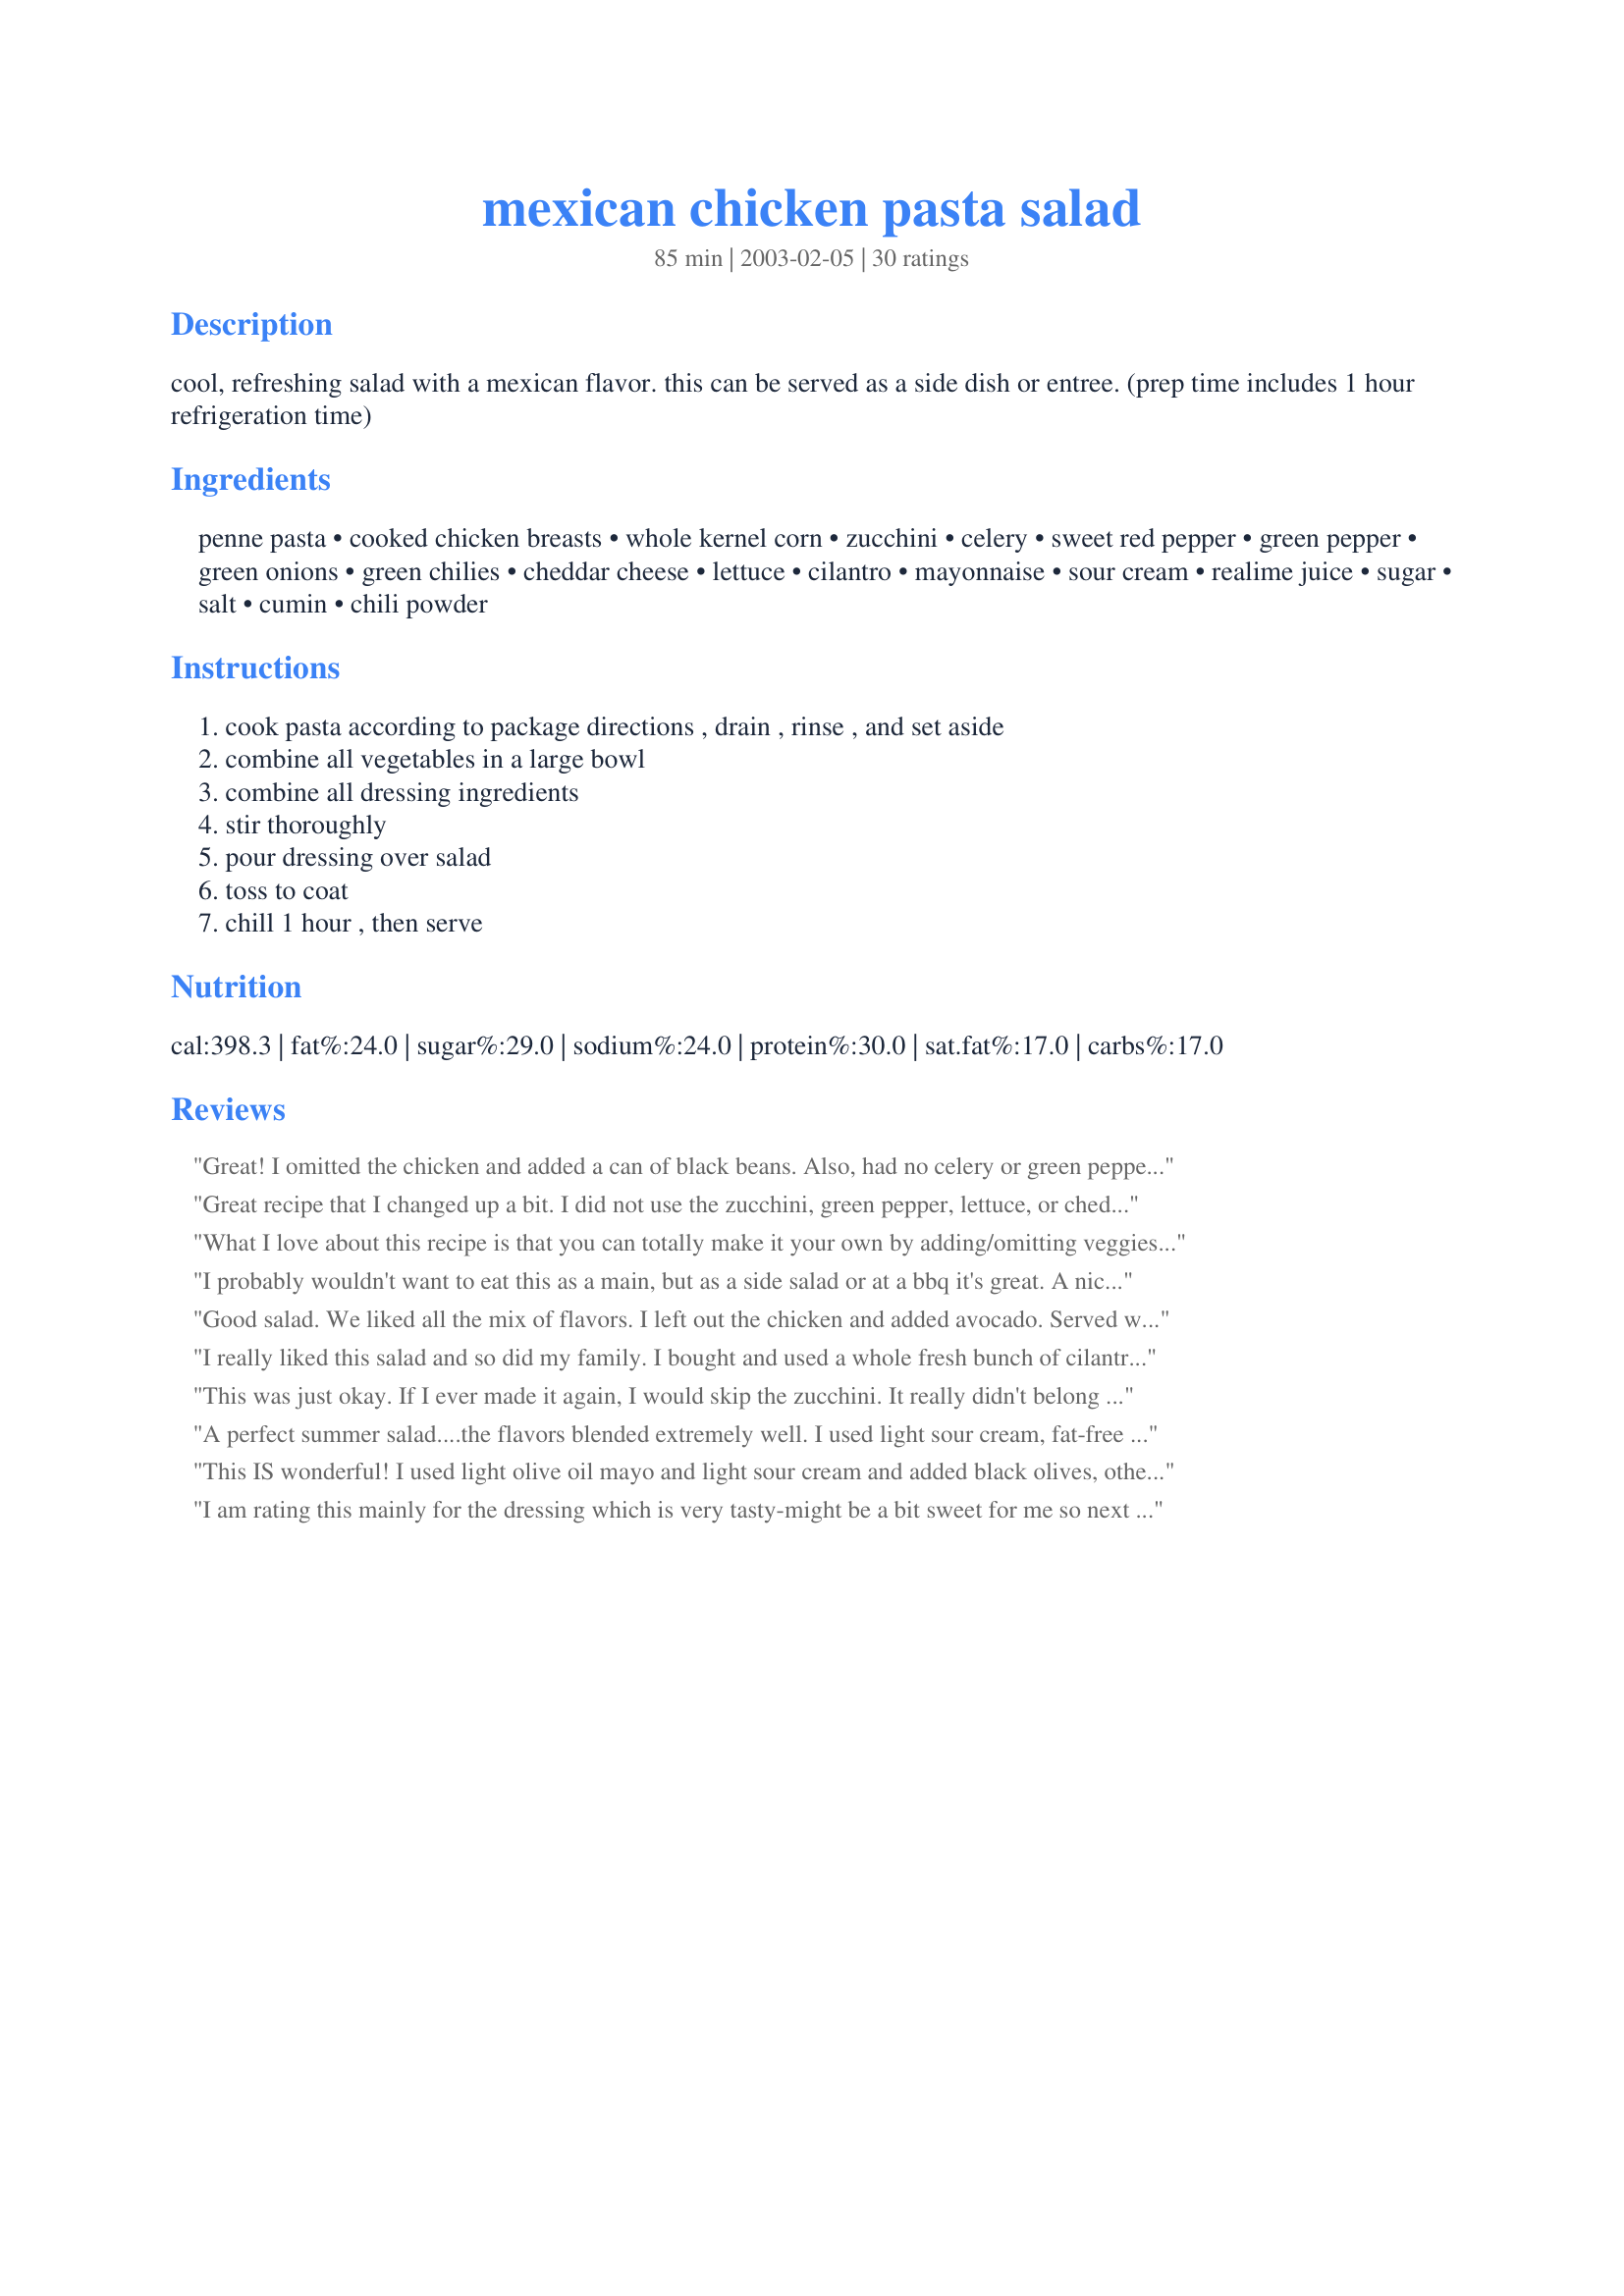
mexican chicken pasta salad
Preparation time: 85 minutes

cool, refreshing salad with a mexican flavor. this can be served as a side dish or entree. (prep time includes 1 hour refrigeration time)

Ingredients:
penne pasta, cooked chicken breasts, whole kernel corn, zucchini, celery, sweet red pepper, green pepper, green onions, green chilies, cheddar cheese, lettuce, cilantro, mayonnaise, sour cream, realime juice, sugar, salt, cumin, chili powder

Steps:
cook pasta according to package directions , drain , rinse , and set aside, combine all vegetables in a large bowl, combine all dressing ingredients, stir thoroughly, pour dressing over salad, toss to coat, chill 1 hour , then serve

Reviews:
Great! I omitted the chicken and added a can of black beans. Also, had no celery or green pepper and used a fresh jalapeno. I wanted more crunch so next time I'll add the celery and more bell pepper. DH added black olives to his. YUM!
Great recipe that I changed up a bit. I did not use the zucchini, green pepper, lettuce, or cheddar cheese. I added black beans. The dressing is very tasty. The recipe makes a lot and would be great for a pot luck.
What I love about this recipe is that you can totally make it your own by adding/omitting veggies. I did not use corn, green onion, zucchini or celery, and I added some tomato. It was delicious, I really like the dressing, however I did add more cumin and chili pepper than directed. This is refreshing, and next time I think I will make sure to use the corn and maybe add a can of black beans. Thank you!
I probably wouldn't want to eat this as a main, but as a side salad or at a bbq it's great. A nice take on more traditional pasta salads, too!! Thanks for posting ('^-^')
Good salad. We liked all the mix of flavors. I left out the chicken and added avocado. Served with a queasadilla for meatless Mon.
I really liked this salad and so did my family. I bought and used a whole fresh bunch of cilantro as I LOVE IT! I think it really gave it a great flavor.
This was just okay. If I ever made it again, I would skip the zucchini. It really didn't belong in there.
A perfect summer salad....the flavors blended extremely well. I used light sour cream, fat-free yogurt and only 1/2 green pepper. Nevertheless, this was fabulous, and very refreshing with the cilantro. Delicious!
This IS wonderful! I used light olive oil mayo and light sour cream and added black olives, otherwise, followed it as written. We both REALLY loved it. My husband ate almost the whole dish for dinner. I think it would be just as good with less pasta and more lettuce or more lettuce and less pasta, whatever suits your taste or perhaps your diet. I can't wait to share this recipe!
I am rating this mainly for the dressing which is very tasty-might be a bit sweet for me so next time I will cut way back on the sugar. In addition to the veggies listed I also included carrots, cucumber, tomato, avocado, and baby spinach. I cooked my chicken in salsa so that gave the salad an additional spice which I really liked. Thank you for a great recipe!
Made this in the dead of winter and it made me think of summer! Used a 12 oz. can of chicken breast to simplify things and it was just as good as fresh. The fresh cilantro was wonderful! Served the lettuce on the side so it wouldn't get soggy. Thanks!
Delicious pasta salad. I made it once as directed and once with a 1/2 can of chopped jalepenos instead of the green chiles. This made a bit hotter, but still fabulous.
Great tasting salad. The flavour combination worked well. I sprinkled the chicken breasts lightly with Tex-Mex seasoning before browning in roasted garlic olive oil. If short on time I think ranch dressing would work well with this salad.
We really enjoyed this recipe although we omitted the dairy and chicken to make it vegan! Simply delicious and much healthier!
We really liked this. I did use different veggies because I used what we had on hand. I used frozen corn and broccoli florets, which I blanched in the pasta water for the last minute or two of cooking. I also didn't used the lettuce or green chilies. We like the dressing and enjoyed the change of pace from a regular pasta salad. I did double the dressing because I think it just would have been dry, but that may be because of my choice of veggies. Thanks for a recipe that we will use again. We have made this several times now and I just love it.
Very simple and easy to prepare. Had a nice mild flavor accentuated by cumin and cilantro. A cool and refreshing choice that would be good for picnics as well as pot-lucks and warm-weather days!
This is a very good salad. I omited the bell pepper due to stomach sensitivity & it was still very flavorful. I also decreased the fat content by using light sour cream & light best foods mayonaise to create the dressing. I'm sure you'd never notice the difference.
We had this last night and it was very yummy!!
Thanks for the recipe!!
Yum. I used Morningstar Veggie Chicken strips to make this salad a great one course vegetarian meal. I didn't have any zucchini or celery. I only added 1/2 cup of mayo and used light sour cream.
Yummy! This is easy to make, although I'm not a quick chopper-upper so that slows me down. I left out the green pepper, cheese (I simply forgot to add the cheese - there's already so much good stuff going on), lettuce & cilantro. I added a can of kidney beans. The dressing tastes great.
Very nice combination! I was leary of the cilantro, but this was very tasty and added wonderful flavor. The dressing was very flavor packed and complimented the salad! This will be a staple this summer in my house! Thanks papergoddess!
Excellent! I made it for a potluck picnic and had rave reviews. I didn't use the lettuce as I mixed it up the day before, but it was great without it. I also anticipated that it would be very good, so doubled the recipe with no problems. Also, used lowfat mayo and sour cream, plus used Spenda instead of sugar. Had lots of great comments and of course, several people asked for the recipe. I'll be making this again!
I made this last night for dinner and my family enjoyed the flavor of it. DS did pick out some of the veggies, but otherwise ate it all. I loved the flavors of the dressing with the pasta, lettuce and chicken. This makes such a nice light dinner for these warmer evenings. Thank you for sharing with us, we will make this again this summer.
My DH couldn't get enough of this pasta salad! I used rotini and left out the celery and green pepper, but it wasn't missed. This was delicious and would be great as a side without the chicken. Do not skip the cilantro as it adds a wonderful freshness to the salad!
The tastes blend just right! Easy to make, needed a little more salt. We liked more lettuce than it called for.I used seasoned salt on the chicken, and left out the green pepper. Otherwise, I made it according to the recipe, and will make it many more times! The only dinner salad to get top praise!
I am still trying to figure out what it was about this dish that didn't have me bouncing off the walls. It has everything I love in it. I might try making it again hot instead of chilled.
I for one loved the flavours in this recipe and it's fresh, light taste, however my boyfriend wasn't as keen - he's not a big fan of cold pasta dishes. I thought this recipe takes quite a long time to prepare for, but once it's chilled and ready-to-eat, it's absolutely gorgeous. I would make this again, but maybe for a party or something so other people can appreciate this recipe.
This was delicious - the combination of vegetables was exactly correct. I had tripled this recipe for a party I was hosting and everyone raved about it. I omitted the green chilies (Not fond of them) and left out the lettuce - serving the pasta salad as is. I added some minced garlic to the dressing mix - as well as the chopped cilantro and served with freshly grated Cheddar on top. I know I will make this recipe again in the future - Thank You for posting!
Delish! I halved the recipe since it's just me and the BF and omitted the lettuce because I forgot about it! I used some shredded rotisserie chicken from earlier in the week, and it was wonderful! It was super-filling! Thanks for a great minimal-cooking-needed summer-time recipe!
Very good, I used jalapeÃ±o peppers instead of the green chilies, took it to work and everybody loved it. Thanks
